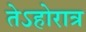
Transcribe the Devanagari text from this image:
तेऽहोरात्र